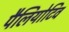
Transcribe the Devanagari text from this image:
पैलियोटिव